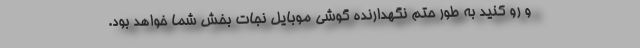
و رو کنید به طور حتم نگهدارنده گوشی موبایل نجات بخش شما خواهد بود.